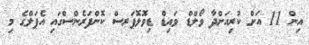
އިން 11 އަށް ކުރިއަށްދާ ވޯލްޑް ވައިޑް ޑިވޮލޮޕަރސް ކޮންފަރެންސްގައި އެޕަލްގެ މި